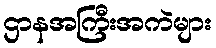
ဌာနအကြီးအကဲများ